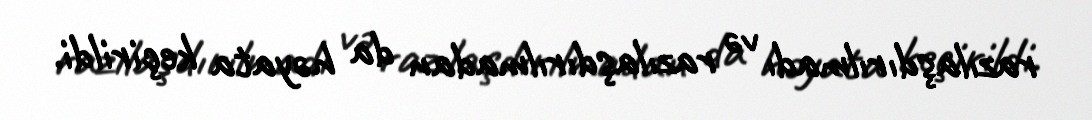
razılaşdırılmadı və razılaşdırılmadan da həyata keçirildi.